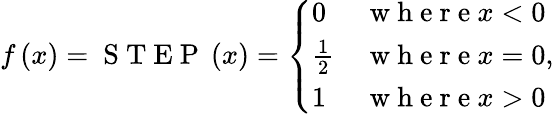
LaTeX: f\left(x\right)=\mathrm{~S~T~E~P~}\left(x\right)=\left\{ \begin{array}{ll}{0}&{\mathrm{~w~h~e~r~e~}x<0}\\ {\frac{1}{2}}&{\mathrm{~w~h~e~r~e~}x=0}\\ {1}&{\mathrm{~w~h~e~r~e~}x>0}\end{array}\right.,